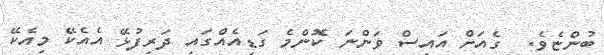
ބުންޏެވެ.  ގެއަށް އައިސް ވަންނަ ކޮންމެ ގަޑިއެއްގައި ދަރިފުޅޭ އެއެކޭ މިއެކޭ